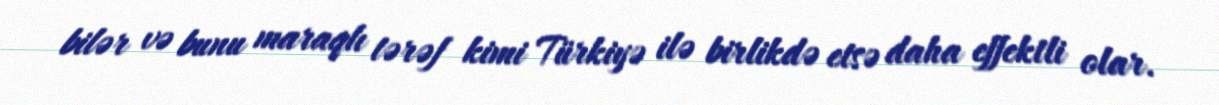
bilər və bunu maraqlı tərəf kimi Türkiyə ilə birlikdə etsə daha effektli olar.